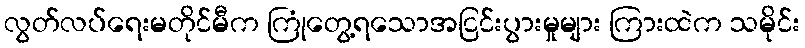
လွတ်လပ်ရေးမတိုင်မီက ကြုံတွေ့ရသောအငြင်းပွားမှုများ ကြားထဲက သမိုင်း